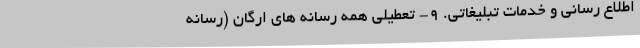
اطلاع رسانی و خدمات تبلیغاتی. 9- تعطیلی همه رسانه های ارگان (رسانه